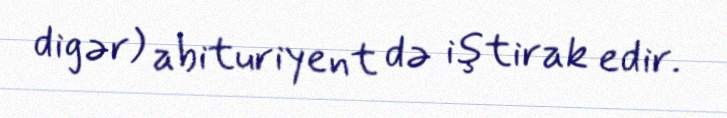
digər) abituriyent də iştirak edir.